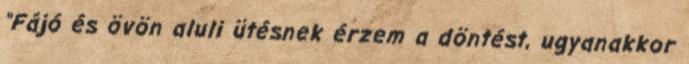
"Fájó és övön aluli ütésnek érzem a döntést, ugyanakkor